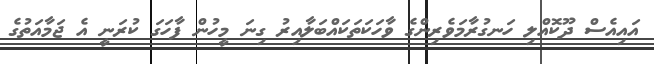
އައިއެސް ދޫކޮއްލި ހަނގުރާމަވެރިންގެ ވާހަކަތަކައްބަލާއިރު ގިނަ މީހުން ފާހަގަ ކުރަނީ އެ ޖަމާއަތުގެ